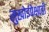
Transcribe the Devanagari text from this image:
सुखोईपेक्षाही